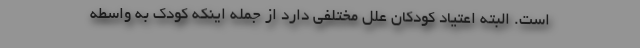
است. البته اعتیاد کودکان علل مختلفی دارد از جمله اینکه کودک به واسطه